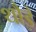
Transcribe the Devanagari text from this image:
थौड़े